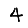
Digit: 4